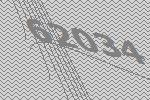
62034